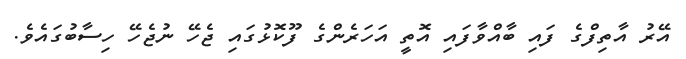
އޭރު އާތިފްގެ ފައި ބާއްވާފައި އޮތީ އަހަރެންގެ ފޫކޮޅުގައި ޖެހޭ ނުޖެހޭ ހިސާބުގައެވެ.